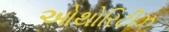
ઓથોરિટીઝ